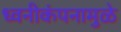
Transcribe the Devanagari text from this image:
ध्वनीकंपनामुळे